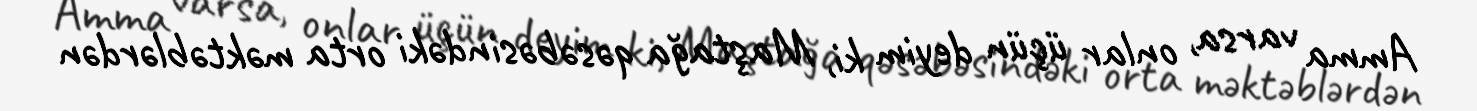
Amma varsa, onlar üçün deyim ki, Maştağa qəsəbəsindəki orta məktəblərdən